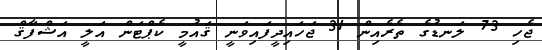
ޖެހި 73 ލަނޑުގެ ތެރެއިން 31 ޖަހައިދީފައިވަނީ ޤައުމީ ކެޕްޓަން އަލީ އަޝްފާޤް